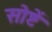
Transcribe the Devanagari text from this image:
सोष्टें